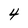
Character: 4